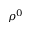
\rho ^ { 0 }